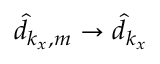
\hat { d } _ { k _ { x } , m } \rightarrow \hat { d } _ { k _ { x } }